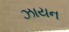
ઝાયન